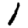
Digit: 1